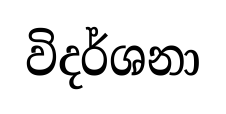
විදර්ශනා